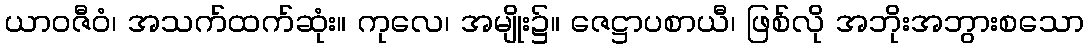
ယာဝဇီဝံ၊ အသက်ထက်ဆုံး။ ကုလေ၊ အမျိုး၌။ ဇေဋ္ဌာပစာယီ၊ ဖြစ်လို အဘိုးအဘွားစသော